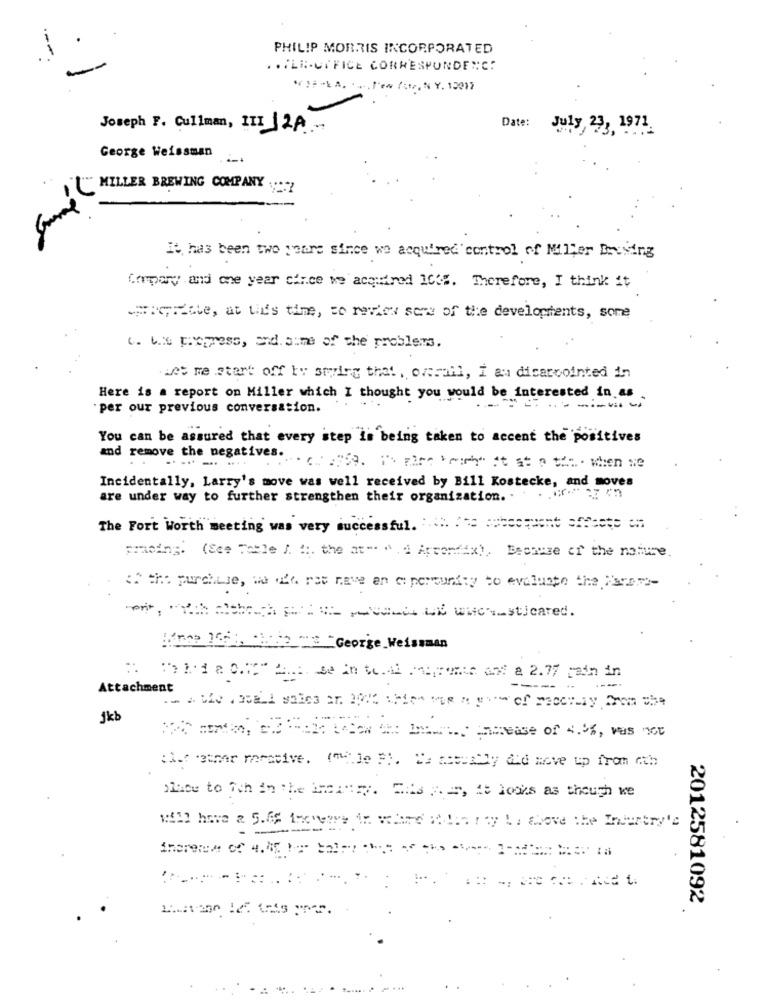
PHILIP MORRIS INCORPORATED
. . ILE-CIFICE CORRESPONDENC:
VIA ** A. ... . Few for, N. Y. 12017
Joseph F. Cullman, III 12A-
Date: July 23, 1971.
George Weissman
Come HELLER BREWING COMPANY
It has been two years since we acquired control of Miller Driving
Compary and one year cir.ce we acquired 1038. Therefore, I think it
whenzete, at this time, so review some of the developments, some
4. Lis propress, and sime of the problems.
.Let me start off by styring that, overall, I am disappointed in
Here is a report on Miller which I thought you would be interested in as
per our previous conversation.
You can be assured that every step is being taken to accent the positives
and remove the negatives.
................ . 209. I'Maire beach" at st a tia . when we
Incidentally, Larry's move was well received by Bill Kostecke, and moves
are under way to further strengthen their organization. .
The Fort Worth meeting was very successful. ...
: = == ===== ppert offsetp ch
pricing. (See Table / 1 :. the at". " A Arrowdax), Because of the nature.
:" the purchase, we ak ros have an expertunity to evaluate the Parar :-
ent, "The tenth which belli UE whichhasticared.
Wraz 100% Chain George_Weissman
:: Third a 0.72" And se in toAl centromer art a 2.77 main in
Attachment
1kb
XXX mata, Salt UPON the DEWW. Increase of 4.0%, was not
: 1 har rasive. ("le Fi. Ca assembly did move up from ath
place to ich in the brancy. This ye, It looks as though we
will have a 5.68 ingetve Ar wird wiary La above the Industry's
2012581092